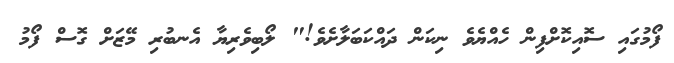
ފޯމުގައި ސޮއިކޮށްފިން ހެއްޔެވެ ނިކަން ދައްކަބަލާށެވެ!" ލޯބިވެރިޔާ އެނބުރި މޭޒަށް ގޮސް ފޯމު